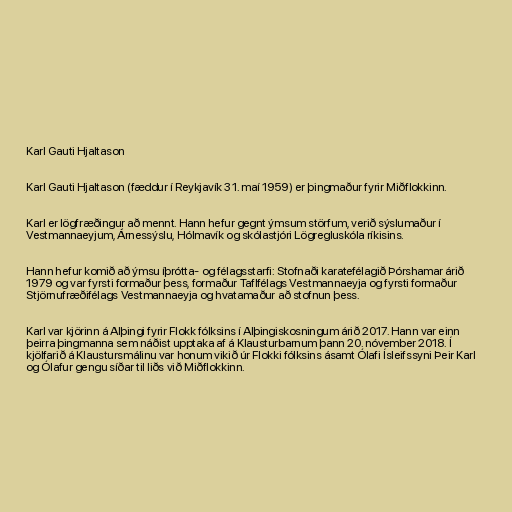
Karl Gauti Hjaltason

Karl Gauti Hjaltason (fæddur í Reykjavík 31. maí 1959) er þingmaður fyrir Miðflokkinn.

Karl er lögfræðingur að mennt. Hann hefur gegnt ýmsum störfum, verið sýslumaður í
Vestmannaeyjum, Árnessýslu, Hólmavík og skólastjóri Lögregluskóla ríkisins.

Hann hefur komið að ýmsu íþrótta- og félagsstarfi: Stofnaði karatefélagið Þórshamar árið
1979 og var fyrsti formaður þess, formaður Taflfélags Vestmannaeyja og fyrsti formaður
Stjörnufræðifélags Vestmannaeyja og hvatamaður að stofnun þess.

Karl var kjörinn á Alþingi fyrir Flokk fólksins í Alþingiskosningum árið 2017. Hann var einn
þeirra þingmanna sem náðist upptaka af á Klausturbarnum þann 20. nóvember 2018. Í
kjölfarið á Klaustursmálinu var honum vikið úr Flokki fólksins ásamt Ólafi Ísleifssyni Þeir Karl
og Ólafur gengu síðar til liðs við Miðflokkinn.